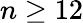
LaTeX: n\ge 12